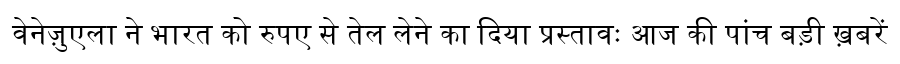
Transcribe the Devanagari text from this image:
वेनेज़ुएला ने भारत को रुपए से तेल लेने का दिया प्रस्तावः आज की पांच बड़ी ख़बरें